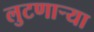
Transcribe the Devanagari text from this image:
लुटणार्‍या